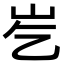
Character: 𪨣